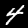
Digit: 4